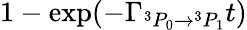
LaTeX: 1-\exp(-\Gamma_{{}^{3}P_{0}\rightarrow{}^{3}P_{1}}t)